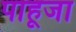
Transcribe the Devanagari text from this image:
पाहूजा